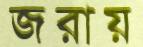
জরায়